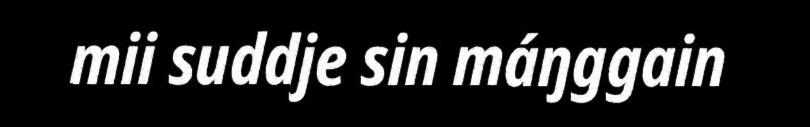
mii suddje sin máŋggain